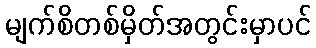
မျက်စိတစ်မှိတ်အတွင်းမှာပင်